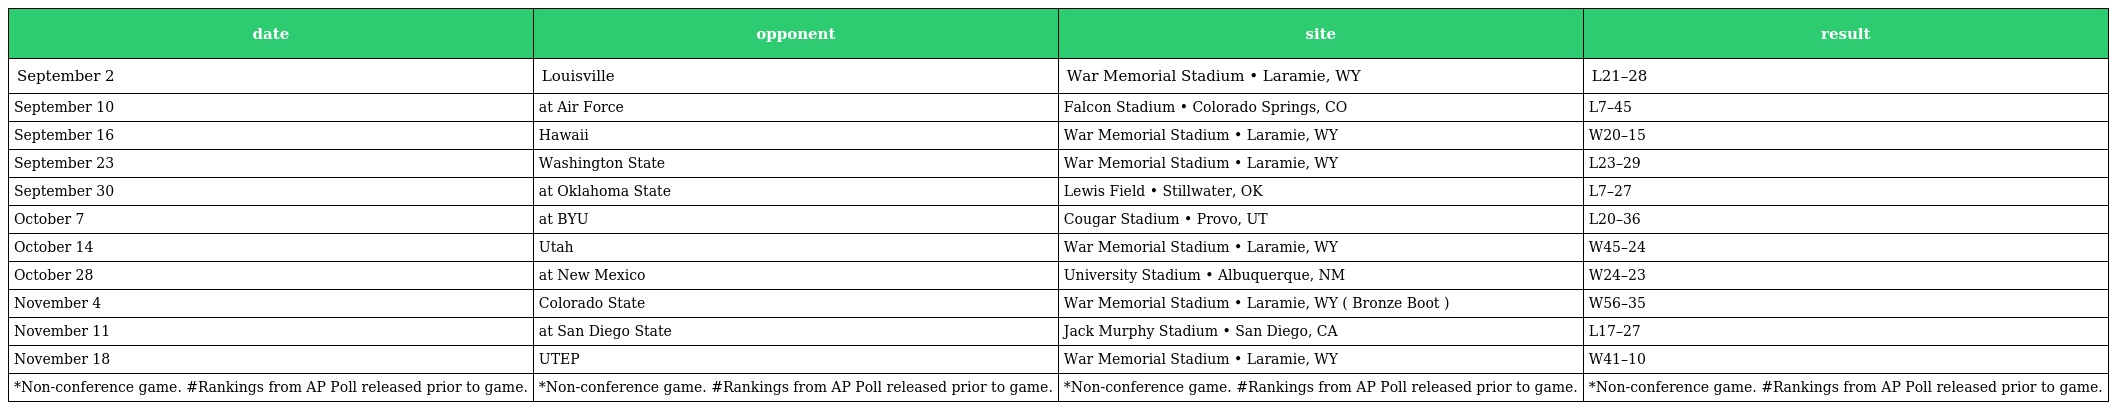
| date | opponent | site | result |
 | --- | --- | --- | --- |
 | September 2 | Louisville | War Memorial Stadium • Laramie, WY | L21–28 |
 | September 10 | at Air Force | Falcon Stadium • Colorado Springs, CO | L7–45 |
 | September 16 | Hawaii | War Memorial Stadium • Laramie, WY | W20–15 |
 | September 23 | Washington State | War Memorial Stadium • Laramie, WY | L23–29 |
 | September 30 | at Oklahoma State | Lewis Field • Stillwater, OK | L7–27 |
 | October 7 | at BYU | Cougar Stadium • Provo, UT | L20–36 |
 | October 14 | Utah | War Memorial Stadium • Laramie, WY | W45–24 |
 | October 28 | at New Mexico | University Stadium • Albuquerque, NM | W24–23 |
 | November 4 | Colorado State | War Memorial Stadium • Laramie, WY ( Bronze Boot ) | W56–35 |
 | November 11 | at San Diego State | Jack Murphy Stadium • San Diego, CA | L17–27 |
 | November 18 | UTEP | War Memorial Stadium • Laramie, WY | W41–10 |
 | *Non-conference game. #Rankings from AP Poll released prior to game. | *Non-conference game. #Rankings from AP Poll released prior to game. | *Non-conference game. #Rankings from AP Poll released prior to game. | *Non-conference game. #Rankings from AP Poll released prior to game. |